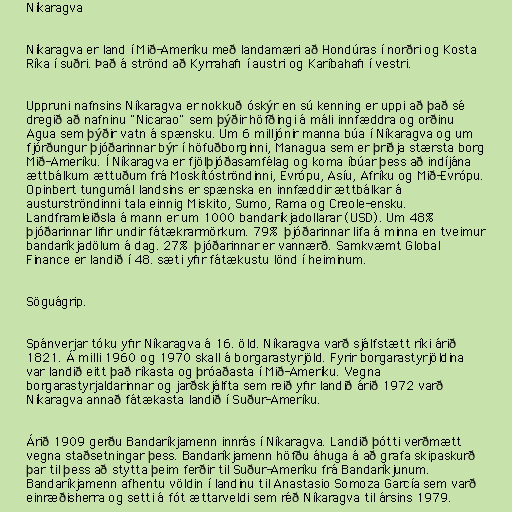
Níkaragva

Níkaragva er land í Mið-Ameríku með landamæri að Hondúras í norðri og Kosta
Ríka í suðri. Það á strönd að Kyrrahafi í austri og Karíbahafi í vestri.

Uppruni nafnsins Níkaragva er nokkuð óskýr en sú kenning er uppi að það sé
dregið að nafninu "Nicarao" sem þýðir höfðingi á máli innfæddra og orðinu
Agua sem þýðir vatn á spænsku. Um 6 milljónir manna búa í Níkaragva og um
fjórðungur þjóðarinnar býr í höfuðborginni, Managua sem er þriðja stærsta borg
Mið-Ameríku. Í Níkaragva er fjölþjóðasamfélag og koma íbúar þess að indíjána
ættbálkum ættuðum frá Moskítóströndinni, Evrópu, Asíu, Afríku og Mið-Evrópu.
Opinbert tungumál landsins er spænska en innfæddir ættbálkar á
austurströndinni tala einnig Miskito, Sumo, Rama og Creole-ensku.
Landframleiðsla á mann er um 1000 bandaríkjadollarar (USD). Um 48%
þjóðarinnar lifir undir fátækrarmörkum. 79% þjóðarinnar lifa á minna en tveimur
bandaríkjadölum á dag. 27% þjóðarinnar er vannærð. Samkvæmt Global
Finance er landið í 48. sæti yfir fátækustu lönd í heiminum.

Söguágrip.

Spánverjar tóku yfir Níkaragva á 16. öld. Níkaragva varð sjálfstætt ríki árið
1821. Á milli 1960 og 1970 skall á borgarastyrjöld. Fyrir borgarastyrjöldina
var landið eitt það ríkasta og þróaðasta í Mið-Ameríku. Vegna
borgarastyrjaldarinnar og jarðskjálfta sem reið yfir landið árið 1972 varð
Níkaragva annað fátækasta landið í Suður-Ameríku.

Árið 1909 gerðu Bandaríkjamenn innrás í Níkaragva. Landið þótti verðmætt
vegna staðsetningar þess. Bandaríkjamenn höfðu áhuga á að grafa skipaskurð
þar til þess að stytta þeim ferðir til Suður-Ameríku frá Bandaríkjunum.
Bandaríkjamenn afhentu völdin í landinu til Anastasio Somoza García sem varð
einræðisherra og setti á fót ættarveldi sem réð Níkaragva til ársins 1979.